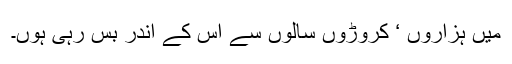
میں ہزاروں ‘ کروڑوں سالوں سے اس کے اندر بس رہی ہوں۔